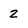
Character: 2